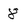
Character: 8